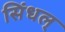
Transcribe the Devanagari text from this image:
सिंधल्